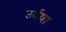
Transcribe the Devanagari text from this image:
उर्वषा